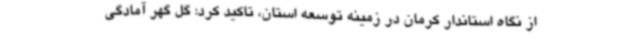
از نگاه استاندار کرمان در زمینه توسعه استان، تاکید کرد: گل گهر آمادگی